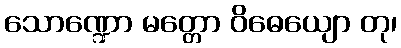
သောဏ္ဍော မတ္တော ဝိဓေယျော တု၊